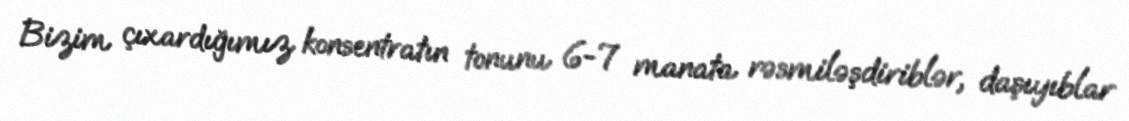
Bizim çıxardığımız konsentratın tonunu 6-7 manata rəsmiləşdiriblər, daşıyıblar